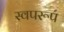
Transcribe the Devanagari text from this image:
स्वपरूप